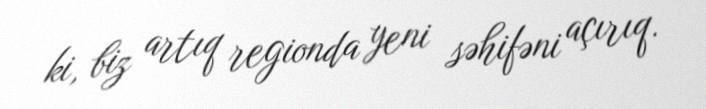
ki, biz artıq regionda yeni səhifəni açırıq.